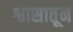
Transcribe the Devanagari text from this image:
श्वासातून